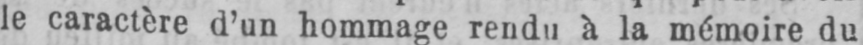
le caractère d’un hommage rendu à la mémoire du